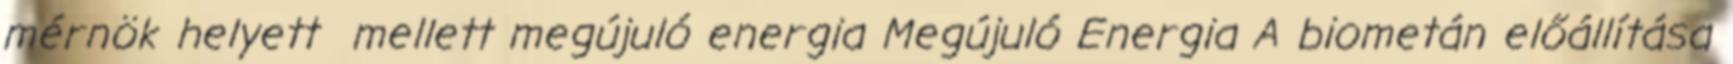
mérnök helyett mellett megújuló energia Megújuló Energia A biometán előállítása